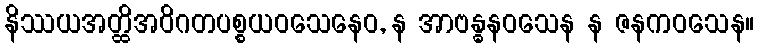
နိဿယအတ္ထိအဝိဂတပစ္စယဝသေနေဝ, န အာဗန္ဓနဝသေန န ဇနကဝသေန။